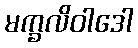
မက္ခလိဝါဒေါ